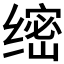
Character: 𱺫